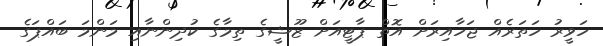
ހަވީރު ހަތަރެއް ޖަހާއިރަށް އޮތް ޕާޓީއަށް ޒޫޝީގެ ތިމާގެ ކުދިންނާއި މަންމަ ބައްޕަގެ